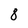
Character: 8